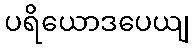
ပရိယောဒပေယျ